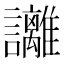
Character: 𧮛